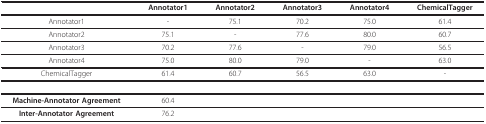
<table><thead><tr><td></td><td><b>Annotator1</b></td><td><b>Annotator2</b></td><td><b>Annotator3</b></td><td><b>Annotator4</b></td><td><b>ChemicalTagger</b></td></tr></thead><tbody><tr><td>Annotator1</td><td>-</td><td>75.1</td><td>70.2</td><td>75.0</td><td>61.4</td></tr><tr><td>Annotator2</td><td>75.1</td><td>-</td><td>77.6</td><td>80.0</td><td>60.7</td></tr><tr><td>Annotator3</td><td>70.2</td><td>77.6</td><td>-</td><td>79.0</td><td>56.5</td></tr><tr><td>Annotator4</td><td>75.0</td><td>80.0</td><td>79.0</td><td>-</td><td>63.0</td></tr><tr><td>ChemicalTagger</td><td>61.4</td><td>60.7</td><td>56.5</td><td>63.0</td><td>-</td></tr><tr><td><b>Machine-Annotator Agreement</b></td><td>60.4</td><td></td><td></td><td></td><td></td></tr><tr><td><b>Inter-Annotator Agreement</b></td><td>76.2</td><td></td><td></td><td></td><td></td></tr></tbody></table>